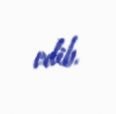
edib.